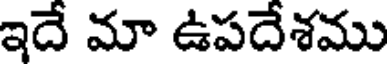
ఇదే మా ఉపదేశము